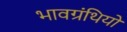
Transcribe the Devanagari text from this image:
भावग्रंथियों